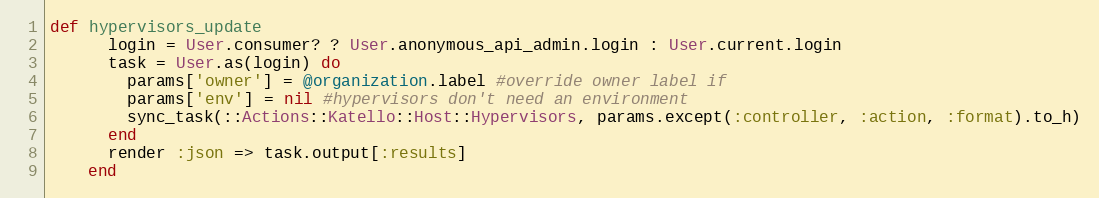
Language: Ruby
def hypervisors_update
      login = User.consumer? ? User.anonymous_api_admin.login : User.current.login
      task = User.as(login) do
        params['owner'] = @organization.label #override owner label if
        params['env'] = nil #hypervisors don't need an environment
        sync_task(::Actions::Katello::Host::Hypervisors, params.except(:controller, :action, :format).to_h)
      end
      render :json => task.output[:results]
    end